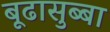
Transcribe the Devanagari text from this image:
बूढासुब्बा